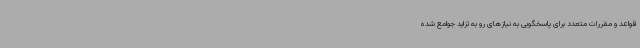
قواعد و مقررات متعدد برای پاسخگویی به نیازهای رو به تزاید جوامع شده